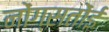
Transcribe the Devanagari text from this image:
नोंग्सतोंई